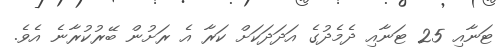
ޓަނާއި 25 ޓަނާއި ދެމެދުގެ އަދަދަކަށް ކަރާ އެ ރަށުން ބޭރުކުރާނެ އެވެ.